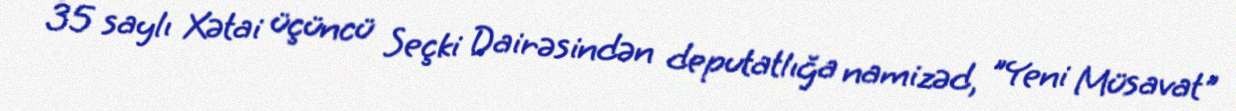
35 saylı Xətai üçüncü Seçki Dairəsindən deputatlığa namizəd, "Yeni Müsavat"